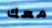
معك